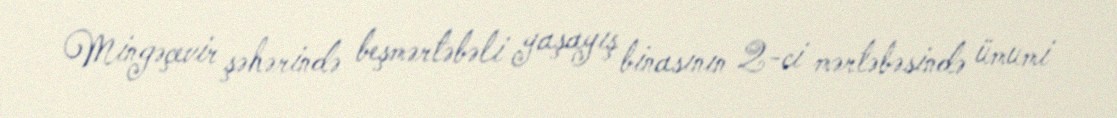
Mingəçevir şəhərində beşmərtəbəli yaşayış binasının 2-ci mərtəbəsində ümumi